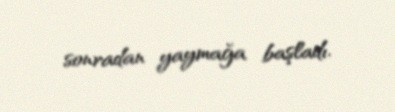
sonradan yaymağa başladı.